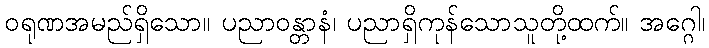
ဝရုဏအမည်ရှိသော။ ပညာဝန္တာနံ၊ ပညာရှိကုန်သောသူတို့ထက်။ အဂ္ဂေါ၊